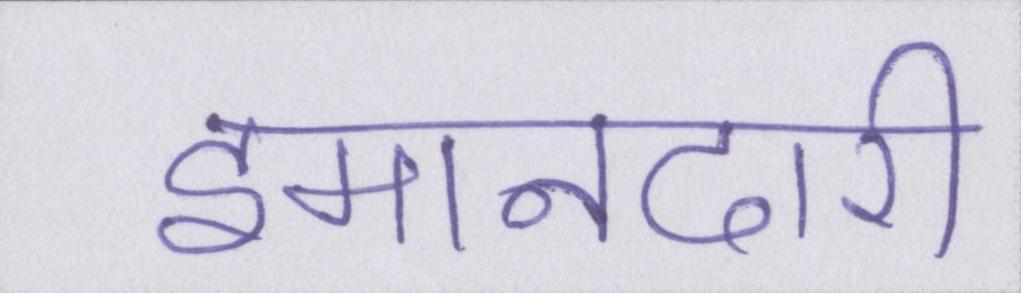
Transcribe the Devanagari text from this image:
इमानदारी